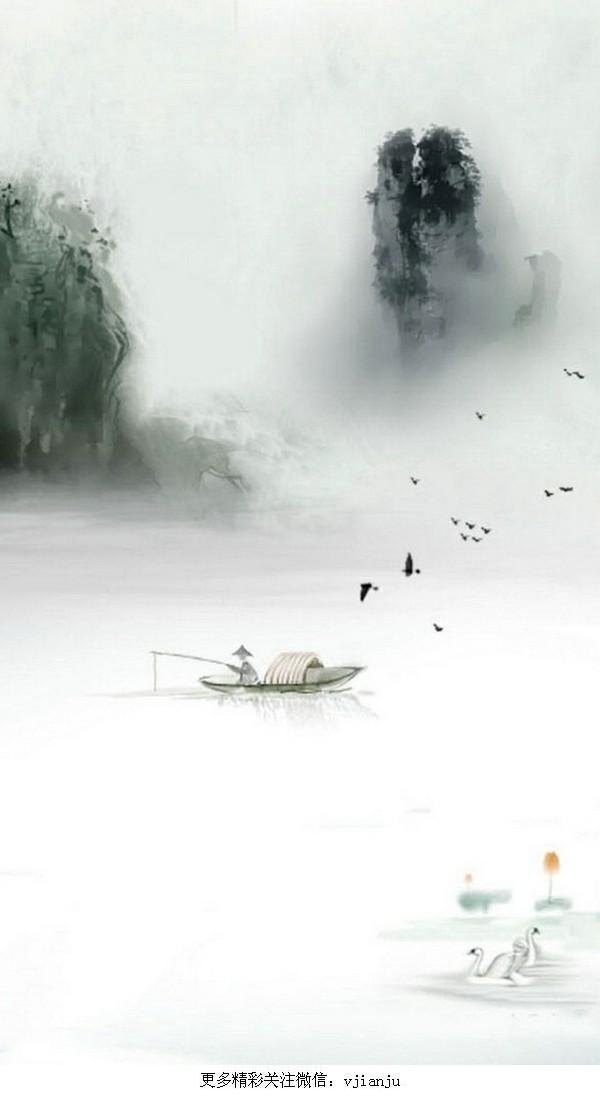
三五年时三五月，可怜杯酒不曾消。